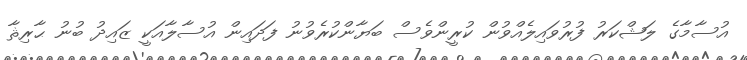
އުސާމާގެ ލަޝްކަރު ފުރުވައިލެއްވުން ކުރީންވެސް ބަޔާންކުރެވުނު ފަދައިން އުސާލާއަކީ ޒައިދު ބުނު ޙާރިޘާ